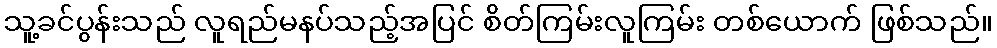
သူ့ခင်ပွန်းသည် လူရည်မနပ်သည့်အပြင် စိတ်ကြမ်းလူကြမ်း တစ်ယောက် ဖြစ်သည်။